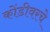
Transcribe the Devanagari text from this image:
कोंडीवरचे